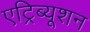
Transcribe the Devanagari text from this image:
एट्रिब्यूशन